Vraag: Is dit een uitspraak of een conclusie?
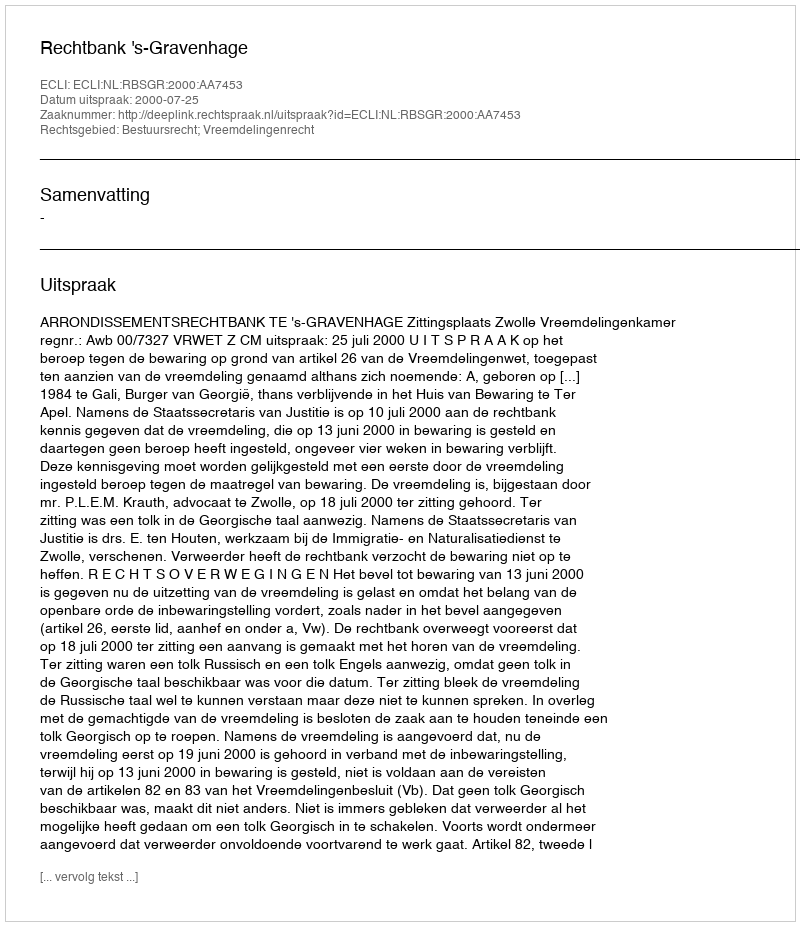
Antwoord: Uitspraak